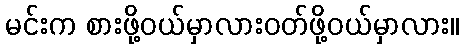
မင်းက စားဖို့ဝယ်မှာလားဝတ်ဖို့ဝယ်မှာလား။